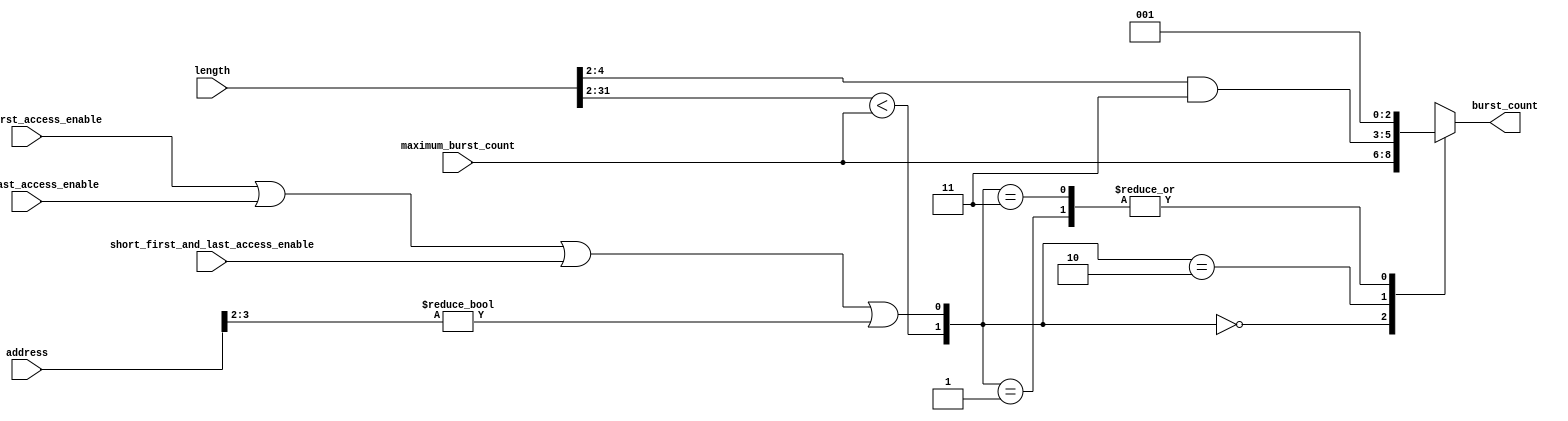
module read_burst_control_1 (
  address,
  length,
  maximum_burst_count,
  short_first_access_enable,
  short_last_access_enable,
  short_first_and_last_access_enable,
  burst_count
);
  parameter BURST_ENABLE = 1;      
  parameter BURST_COUNT_WIDTH = 3;
  parameter WORD_SIZE_LOG2 = 2;    
  parameter ADDRESS_WIDTH = 32;
  parameter LENGTH_WIDTH = 32;
  parameter BURST_WRAPPING_SUPPORT = 1;  
  localparam BURST_OFFSET_WIDTH = (BURST_COUNT_WIDTH == 1)? 1: (BURST_COUNT_WIDTH-1);
  input [ADDRESS_WIDTH-1:0] address;
  input [LENGTH_WIDTH-1:0] length;
  input [BURST_COUNT_WIDTH-1:0] maximum_burst_count;  
  input short_first_access_enable;
  input short_last_access_enable;
  input short_first_and_last_access_enable;
  output wire [BURST_COUNT_WIDTH-1:0] burst_count;
  wire [BURST_COUNT_WIDTH-1:0] posted_burst;   
  reg [BURST_COUNT_WIDTH-1:0] internal_burst_count;  
  wire burst_of_one_enable;     
  wire short_burst_enable;
  wire [BURST_OFFSET_WIDTH-1:0] burst_offset;
  assign burst_offset = address[BURST_OFFSET_WIDTH+WORD_SIZE_LOG2-1:WORD_SIZE_LOG2];
  assign burst_of_one_enable = (short_first_access_enable == 1) | (short_last_access_enable == 1) | (short_first_and_last_access_enable == 1) |  
                               ((BURST_WRAPPING_SUPPORT == 1) & (burst_offset != 0));  
  assign short_burst_enable = ((length >> WORD_SIZE_LOG2) < maximum_burst_count);
  always @ (maximum_burst_count or length or short_burst_enable or burst_of_one_enable)
  begin
    case ({short_burst_enable, burst_of_one_enable})
      2'b00 : internal_burst_count = maximum_burst_count;
      2'b01 : internal_burst_count = 1;  
      2'b10 : internal_burst_count = ((length >> WORD_SIZE_LOG2) & {(BURST_COUNT_WIDTH-1){1'b1}});  
      2'b11 : internal_burst_count = 1;  
    endcase
  end
generate
  if (BURST_ENABLE == 1)
  begin
    assign burst_count = internal_burst_count;
  end
  else
  begin
    assign burst_count = 1;  
  end
endgenerate
endmodule